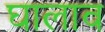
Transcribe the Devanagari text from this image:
घालाव